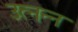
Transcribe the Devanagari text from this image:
उत्नन्न